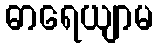
ဓာရေယျာမ